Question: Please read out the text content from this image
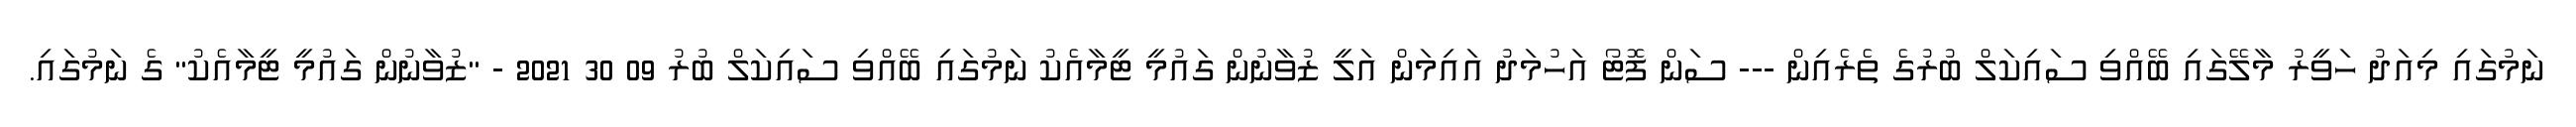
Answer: ނަމުގައި މިއަދު ހަވީރު މާލޭގައި ބޭއްވި ސައިކަލް ބުރުގެ ތެރެއިން --- ސަން ފޮޓޯ އަހުމަދު އައިމަން އަލީ ޒުވާނުން ގައުމީ ޓީމާއެކު ނަމުގައި ބޭއްވި ސައިކަލް ބުރު 09 30 2021 - "ޒުވާނުން ގައުމީ ޓީމާއެކު" ގެ ނަމުގައި.